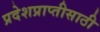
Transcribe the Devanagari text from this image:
प्रदेशप्राप्तीसाठी